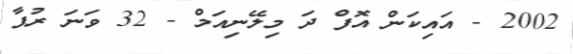
2002 - އައިކަން އޮފް ދަ މިލޭނިއަމް - 32 ވަނަ ރުޕާ